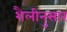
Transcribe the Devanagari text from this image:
शैलीनुसार